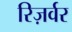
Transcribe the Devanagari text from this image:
रिज़र्वर